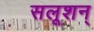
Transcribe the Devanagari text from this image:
सलूशन्